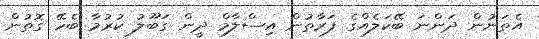
އެތަނުން ދަންނަ ބޭކަލެއްގެ ފަރާތުން އިސްލާމް ދީން ގަބޫލު ކުރުމާ ބެހޭ ގޮތުން